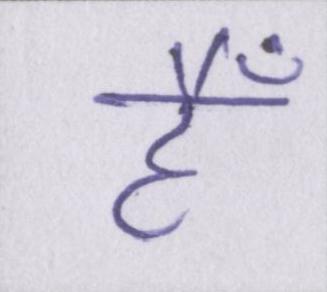
हैँ